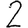
Digit: 2